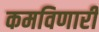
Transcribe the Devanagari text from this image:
कमविणारी